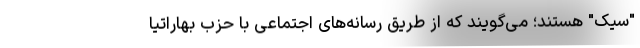
"سیک" هستند؛ می‌گویند که از طریق رسانه‌های اجتماعی با حزب بهاراتیا